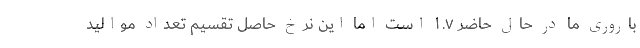
باروری ما در حال حاضر ۱.۷ است اما این نرخ حاصل تقسیم تعداد موالید